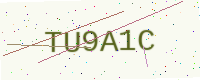
Text: TU9A1C